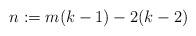
LaTeX: \begin{align*} n := m(k-1)-2(k-2) \end{align*}